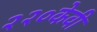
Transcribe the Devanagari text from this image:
२२०केवी